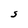
Character: S